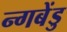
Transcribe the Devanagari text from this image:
न्गबेंडु